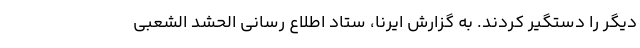
دیگر را دستگیر کردند. به گزارش ایرنا، ستاد اطلاع رسانی الحشد الشعبی